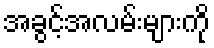
အခွင့်အလမ်းများကို